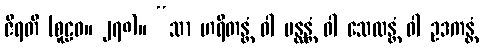
ဇီရတိ (စူဠဝ။ ၂၇၈)။ “သာ ဟရိတန္တံ ဝါ ပန္ထန္တံ ဝါ သေလန္တံ ဝါ ဥဒကန္တံ